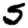
Digit: 5